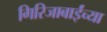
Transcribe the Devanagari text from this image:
गिरिजाबाईंच्या